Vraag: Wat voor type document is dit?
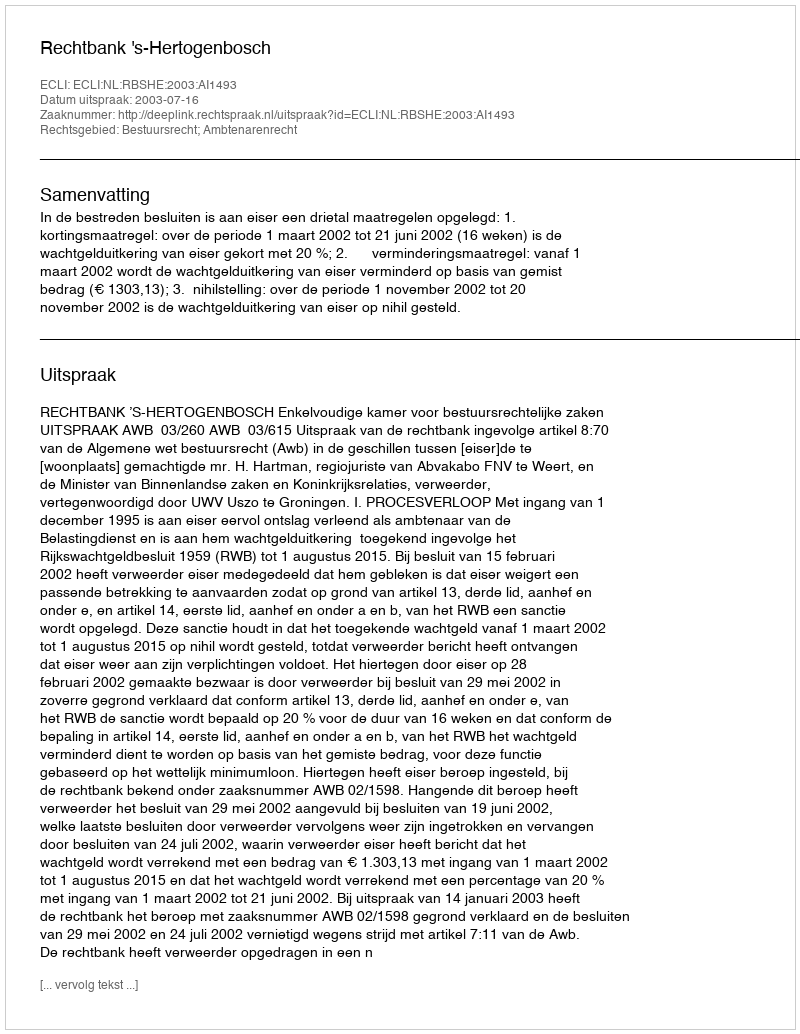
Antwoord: Uitspraak